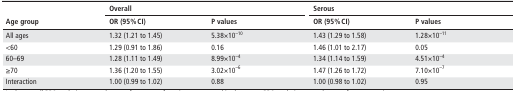
<table><thead><tr><td rowspan="2"><b>Age group</b></td><td colspan="2"><b>Overall</b></td><td colspan="2"><b>Serous</b></td></tr><tr><td><b>OR (95% CI)</b></td><td><b>P values</b></td><td><b>OR (95% CI)</b></td><td><b>P values</b></td></tr></thead><tbody><tr><td>All ages</td><td>1.32 (1.21 to 1.45)</td><td>5.38×10<sup>–10</sup></td><td>1.43 (1.29 to 1.58)</td><td>1.28×10<sup>–11</sup></td></tr><tr><td>&lt;60</td><td>1.29 (0.91 to 1.86)</td><td>0.16</td><td>1.46 (1.01 to 2.17)</td><td>0.05</td></tr><tr><td>60–69</td><td>1.28 (1.11 to 1.49)</td><td>8.99×10<sup>–4</sup></td><td>1.34 (1.14 to 1.59)</td><td>4.51×10<sup>–4</sup></td></tr><tr><td>≥70</td><td>1.36 (1.20 to 1.55)</td><td>3.02×10<sup>–6</sup></td><td>1.47 (1.26 to 1.72)</td><td>7.10×10<sup>–7</sup></td></tr><tr><td>Interaction</td><td>1.00 (0.99 to 1.02)</td><td>0.88</td><td>1.00 (0.98 to 1.02)</td><td>0.95</td></tr></tbody></table>